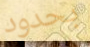
بحدود